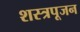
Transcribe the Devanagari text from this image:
शस्त्रपूजन